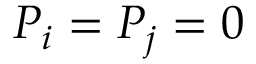
P _ { i } = P _ { j } = 0